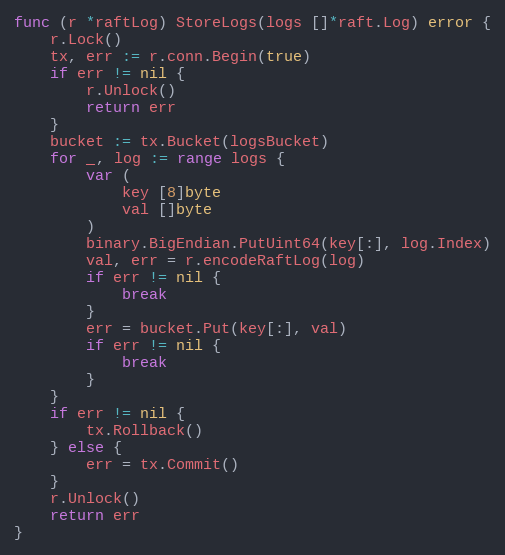
Language: Go
func (r *raftLog) StoreLogs(logs []*raft.Log) error {
	r.Lock()
	tx, err := r.conn.Begin(true)
	if err != nil {
		r.Unlock()
		return err
	}
	bucket := tx.Bucket(logsBucket)
	for _, log := range logs {
		var (
			key [8]byte
			val []byte
		)
		binary.BigEndian.PutUint64(key[:], log.Index)
		val, err = r.encodeRaftLog(log)
		if err != nil {
			break
		}
		err = bucket.Put(key[:], val)
		if err != nil {
			break
		}
	}
	if err != nil {
		tx.Rollback()
	} else {
		err = tx.Commit()
	}
	r.Unlock()
	return err
}